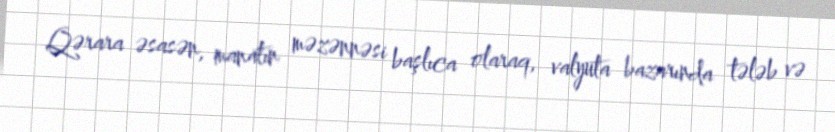
Qərara əsasən, manatın məzənnəsi başlıca olaraq, valyuta bazarında tələb və